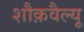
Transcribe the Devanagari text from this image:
शौक़वैल्यू